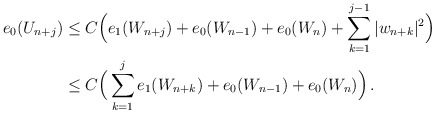
\begin{align*} e_0(U_{n+j}) & \le C\Big(e_1(W_{n+j}) + e_0(W_{n-1}) + e_0(W_n) +\sum_{k=1}^{j-1} |w_{n+k}|^2\Big) \\& \le C \Big(\sum_{k=1}^j e_1(W_{n+k}) + e_0(W_{n-1}) + e_0(W_n)\Big) \,.\end{align*}